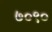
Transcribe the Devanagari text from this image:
७०९०